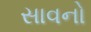
સાવનો